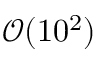
\mathcal { O } ( 1 0 ^ { 2 } )